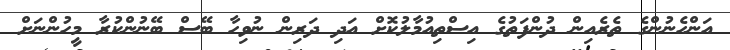
އަންހެނުންގެ ތެރެއިން ދުންފަތުގެ އިސްތިއުމާލުކޮށް އަދި ދަރިން ނުވިހާ ބޭސް ބޭނުންކުރާ މީހުންނަށް